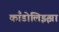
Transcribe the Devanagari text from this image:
काँडोलिझ्झा